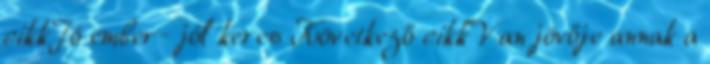
cikkJó ember- jól keres Következő cikk“Van jövője annak a